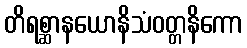
တိရစ္ဆာနယောနိသံဝတ္တနိကော